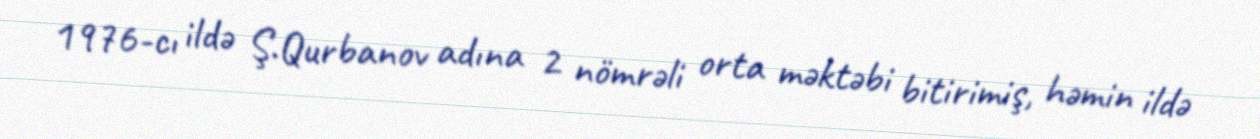
1976-cı ildə Ş.Qurbanov adına 2 nömrəli orta məktəbi bitirimiş, həmin ildə